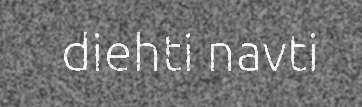
diehti navti